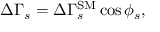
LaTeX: \Delta \Gamma _ { s } = \Delta \Gamma _ { s } ^ { \mathrm { S M } } \cos \phi _ { s } ,